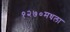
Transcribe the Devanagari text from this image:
१२७०मधला